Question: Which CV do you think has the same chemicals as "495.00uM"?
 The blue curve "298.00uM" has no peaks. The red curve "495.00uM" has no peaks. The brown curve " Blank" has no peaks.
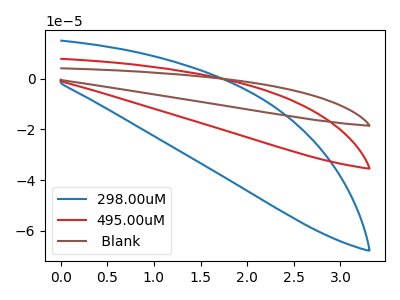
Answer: <think>Neither "298.00uM" or "495.00uM" have any peaks. Neither "298.00uM" or " Blank" have any peaks. Neither "495.00uM" or " Blank" have any peaks.
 </think>
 <answer>"495.00uM" and " Blank" have a similar shape to "298.00uM".</answer>
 <eval>"495.00uM" " Blank"</eval>